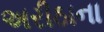
અરીઠાના